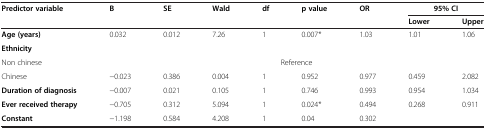
<table><thead><tr><td><b>Predictor variable</b></td><td><b>B</b></td><td><b>SE</b></td><td><b>Wald</b></td><td><b>df</b></td><td><b>p value</b></td><td><b>OR</b></td><td colspan="2"><b>95% CI</b></td></tr><tr><td><b> </b></td><td><b> </b></td><td><b> </b></td><td><b> </b></td><td><b> </b></td><td><b> </b></td><td><b> </b></td><td><b>Lower</b></td><td><b>Upper</b></td></tr></thead><tbody><tr><td><b>Age (years)</b></td><td>0.032</td><td>0.012</td><td>7.26</td><td>1</td><td>0.007*</td><td>1.03</td><td>1.01</td><td>1.06</td></tr><tr><td><b>Ethnicity</b></td><td> </td><td> </td><td> </td><td> </td><td> </td><td> </td><td> </td><td> </td></tr><tr><td>Non chinese</td><td colspan="8">Reference</td></tr><tr><td>Chinese</td><td>−0.023</td><td>0.386</td><td>0.004</td><td>1</td><td>0.952</td><td>0.977</td><td>0.459</td><td>2.082</td></tr><tr><td><b>Duration of diagnosis</b></td><td>−0.007</td><td>0.021</td><td>0.105</td><td>1</td><td>0.746</td><td>0.993</td><td>0.954</td><td>1.034</td></tr><tr><td><b>Ever received therapy</b></td><td>−0.705</td><td>0.312</td><td>5.094</td><td>1</td><td>0.024*</td><td>0.494</td><td>0.268</td><td>0.911</td></tr><tr><td><b>Constant</b></td><td>−1.198</td><td>0.584</td><td>4.208</td><td>1</td><td>0.04</td><td>0.302</td><td> </td><td> </td></tr></tbody></table>